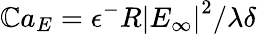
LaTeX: \mathbb{C}a_{E}=\epsilon^{-}R\left|E_{\infty}\right|^{2}/\lambda\delta